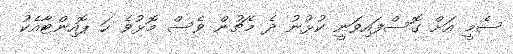
ސެމީ އަށް ގޮސްފައިވަނީ ކުޅުނު ދެ މެޗުން ވެސް މޮޅުވެ ހަ ޕޮއިންޓާއެކު